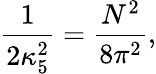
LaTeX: \frac{1}{2\kappa_{5}^{2}}=\frac{N^{2}}{8\pi^{2}},